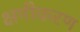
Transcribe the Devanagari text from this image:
क्षमीकरण